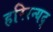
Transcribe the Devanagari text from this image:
हरिरन्यद्